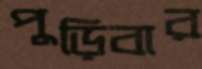
পুড়িবার